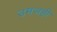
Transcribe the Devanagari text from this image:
उमजही